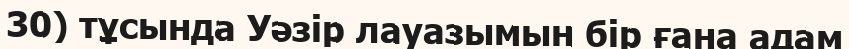
30) тұсында Уәзір лауазымын бір ғана адам